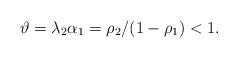
LaTeX: \begin{align*}\vartheta=\lambda_2\alpha_1=\rho_2/(1-\rho_1)<1.\end{align*}